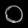
Digit: ၀